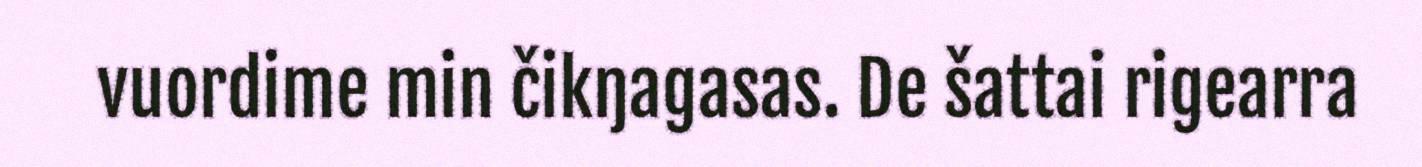
vuordime min čikŋagasas. De šattai rigearra